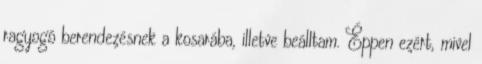
ragyogó berendezésnek a kosarába, illetve beálltam. Éppen ezért, mivel